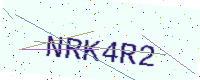
Text: NRK4R2